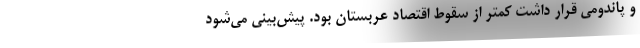
و پاندومی قرار داشت کمتر از سقوط اقتصاد عربستان بود. پیش‌بینی می‌شود